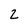
Character: 2